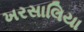
ખરસાલિયા